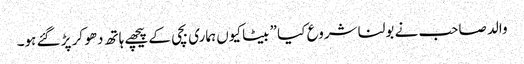
والد صاحب نے بولنا شروع کیا ” بیٹا کیوں ہماری بچی کے پیچھے ہاتھ دھو کر پڑ گئے ہو۔